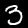
Label: 3